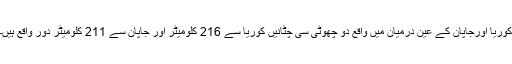
کوریا اورجاپان کے عین درمیان میں واقع دو چھوٹی سی چٹانیں کوریا سے 216 کلومیٹر اور جاپان سے 211 کلومیٹر دور واقع ہیں۔